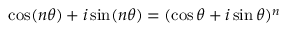
\cos ( n \theta ) + i \sin ( n \theta ) = ( \cos \theta + i \sin \theta ) ^ { n }